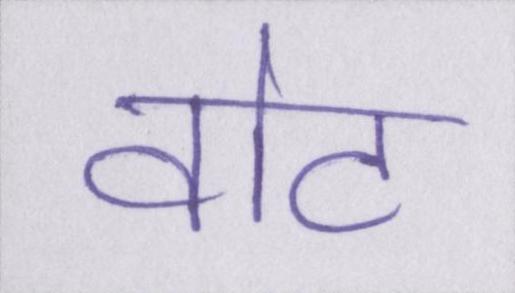
वोट